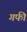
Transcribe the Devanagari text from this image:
गफी